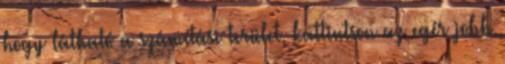
hogy látható a számítási terület, kattintson az egér jobb